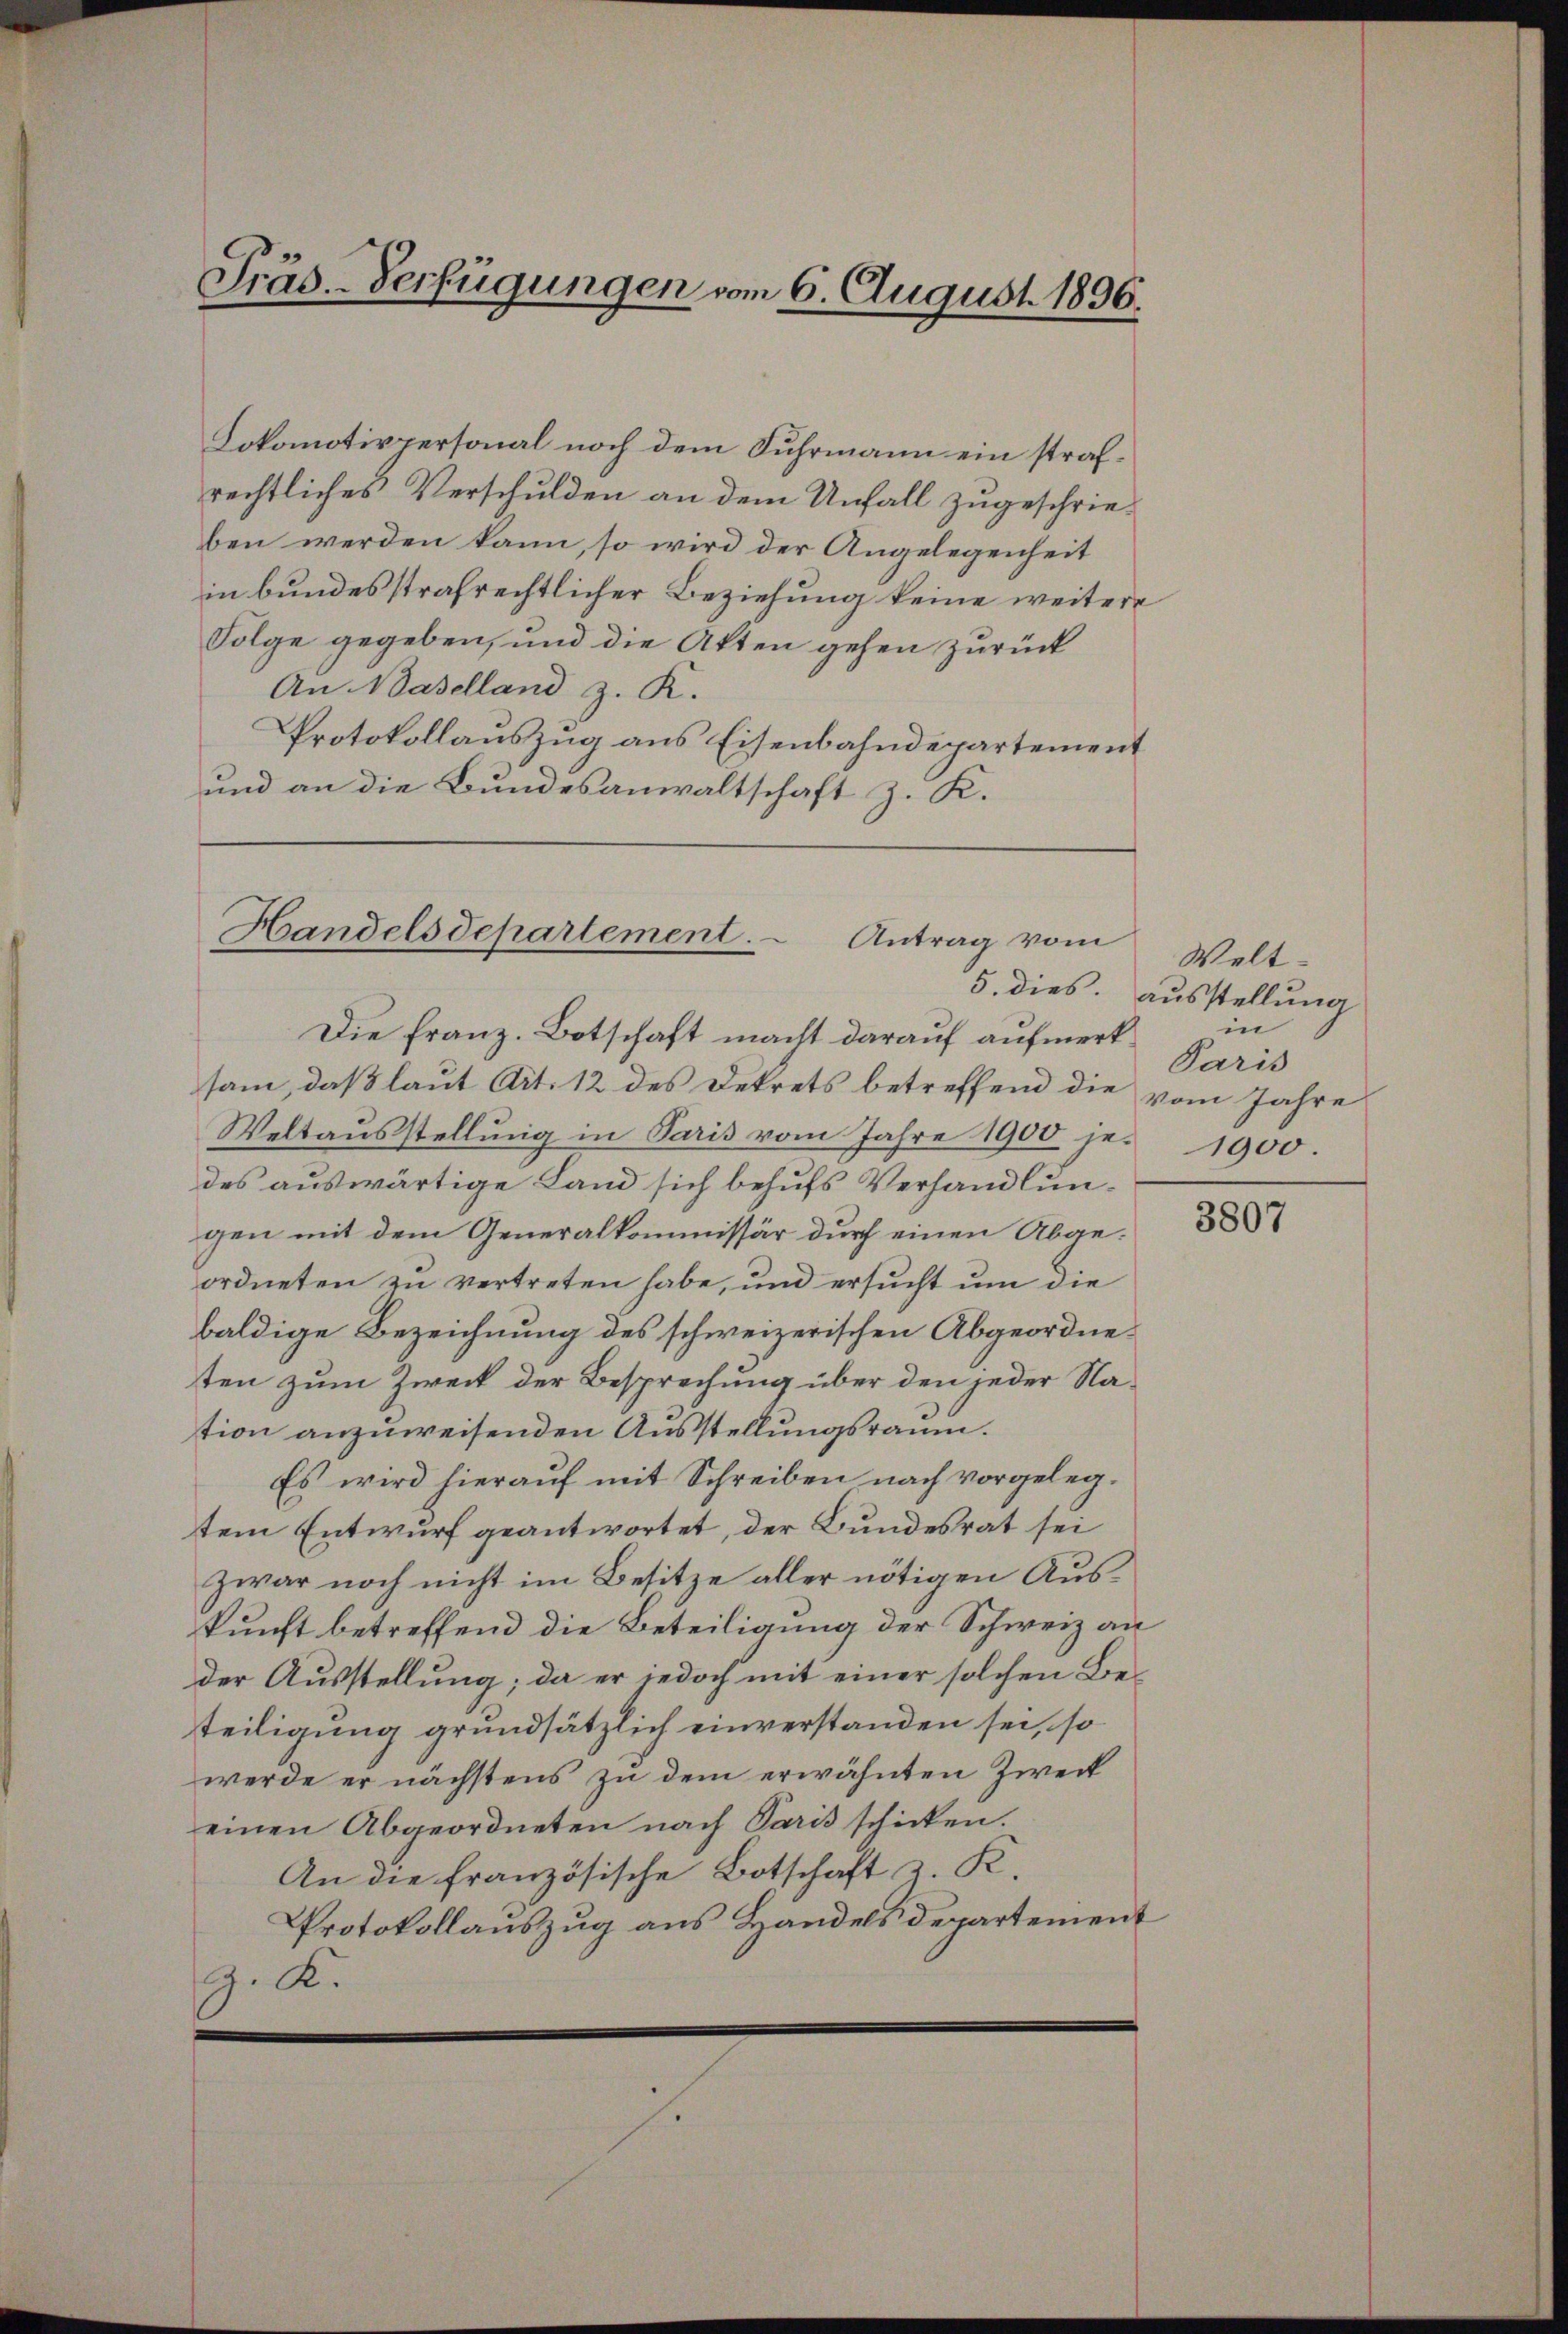
Präs.-Verfügungen vom 6. August 1896.

Lokomotivpersonal noch dem Fuhrmann ein strafrechtliches Verschulden an dem Unfall zugeschrieben werden kann, so wird der Angelegenheit
in bundesstrafrechtlicher Beziehung keine weitere
Folge gegeben, und die Akten gehen zurück
An Baselland z. R.
Protokollauszug aus Eisenbahndepartement
und an die Bundesanwaltschaft z. K.

Handelsdepartement. Antrag vom
Die Franz. Botschaft macht darauf aufmerk¬

sam, daß laut Art. 12 des Dekrets betreffend die
Weltausstellung in Paris vom Jahre 1900 jedes auswärtige Land sich behufs Verhandlungen mit dem Generalkommissär durch einen Abgeordneten zu vertreten habe, und ersucht um die
baldige Bezeichnung des schweizerischen Abgeordneten zum Zweck der Besprechung über den jeder Nation anzuweisenden Ausstellungsraum.
Es wird hierauf mit Schreiben nach vorgelegtem Entwurf geantwortet, der Bundesrat sei
zwar noch nicht im Besitze aller nötigen Auskunft betreffend die Beteiligung der Schweiz an
der Ausstellung; da er jedoch mit einer solchen Beteiligung grundsätzlich einverstanden sei, so
werde er nächstens zu dem erwähnten Zweck
einen Abgeordneten nach Paris schicken.
An die französische Botschaft z. K.
Protokollauszug aus Handels departement
z. K.

Welt¬
5. dies. Ausstellung
in
Paris
vom Jahre
1900

3807